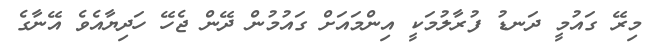
މިރޭ ގައުމީ ދަނޑު ފުރާލުމަކީ އިންމައަށް ގައުމުން ދޭން ޖެހޭ ހަދިޔާއެވެ އޭނާގެ